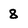
Character: 8